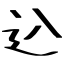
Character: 込